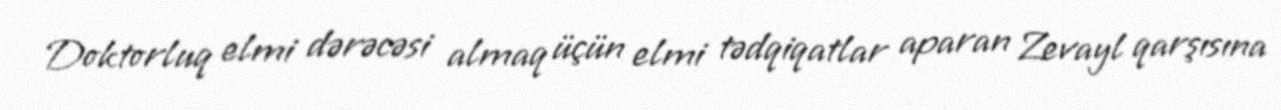
Doktorluq elmi dərəcəsi almaq üçün elmi tədqiqatlar aparan Zevayl qarşısına